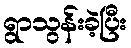
ရွာသွန်းခဲ့ပြီး